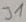
Text: J1